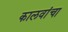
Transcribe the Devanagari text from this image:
कालवांचा